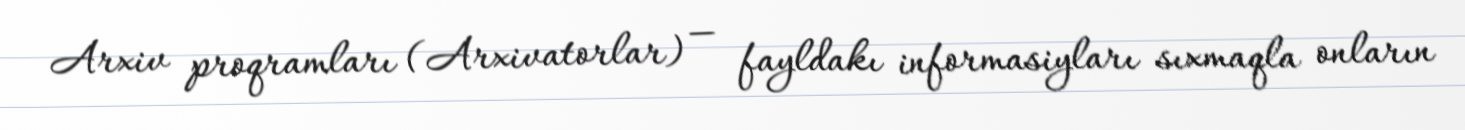
Arxiv proqramları (Arxivatorlar) — fayldakı informasiyları sıxmaqla onların